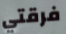
فرقتي